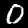
Digit: 0